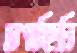
চাপাচ্ছিলি